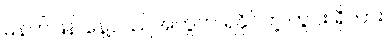
မနက်ဖြန် နေ့လည်အတွက် ရနိုင်တဲ့ ကွင်း ရှိလား။